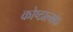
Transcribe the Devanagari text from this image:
कोष्ठात्मक